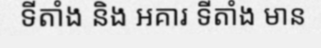
ទីតាំង និង អគារ ទីតាំង មាន